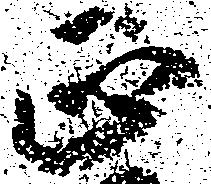
正